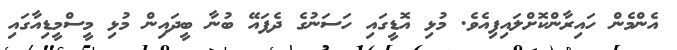
އެންމެން ހައިރާންކޮށްލައިފިއެވެ. މުޅި އޮޑީގައި ހަސަނުގެ ދެފައޭ ބުނާ ބީދައިން މުޅި މީސްމީޑިއާގައި